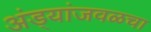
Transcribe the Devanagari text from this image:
अंड्यांजवळचा